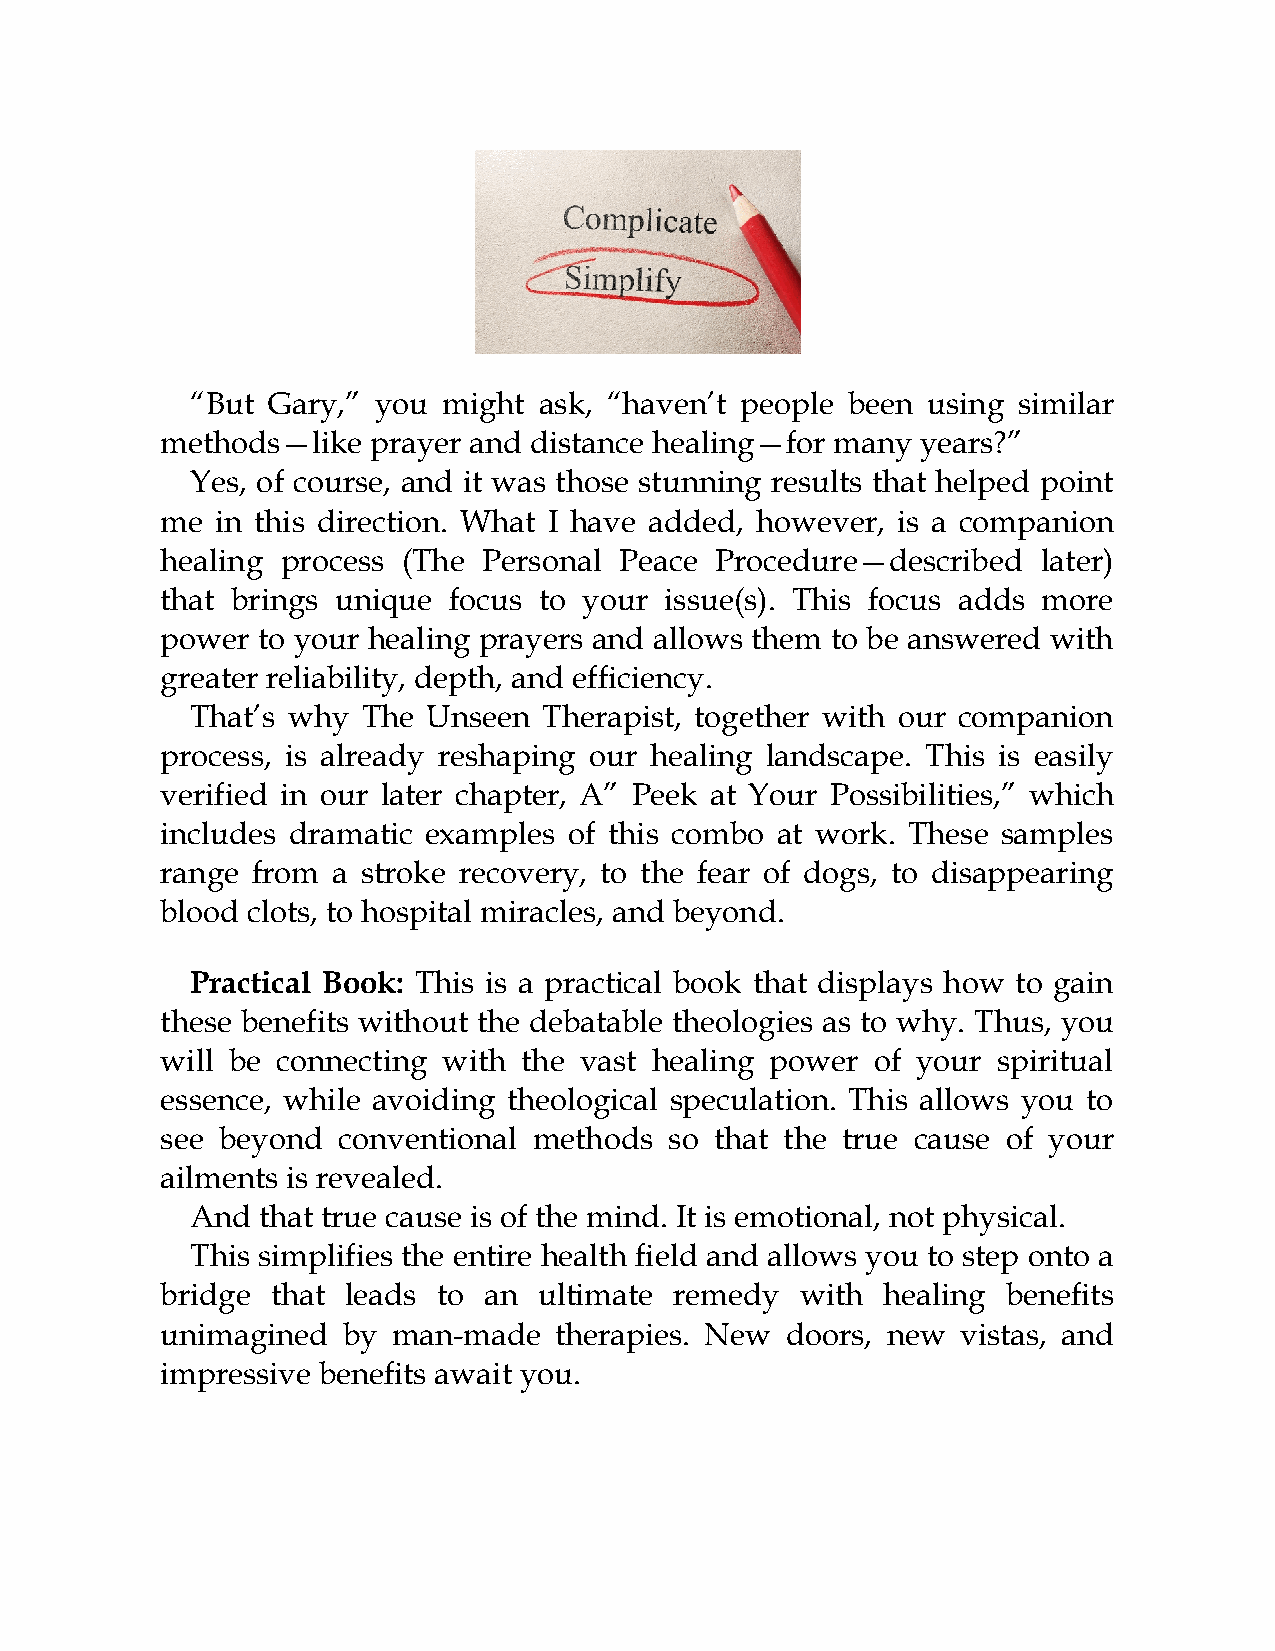
“But Gary,” you might  ask, “haven’t people been using similar
 methods—like  prayer and distance healing—for many years?”
 Yes, of course, and it was those stunning results that helped point
 me in this direction. What I have added, however, is a companion
 healing process (The Personal Peace Procedure—described   later)
 that brings unique focus to your issue(s). This focus adds more
 power to your healing prayers and allows them to be answered with
 greater reliability, depth, and efficiency.
 That’s why The Unseen  Therapist, together with our companion
 process, is already reshaping our healing landscape. This is easily
 verified in our later chapter, A” Peek at Your Possibilities,” which
 includes dramatic examples of this combo at work. These samples
 range from a stroke recovery, to the fear of dogs, to disappearing
 blood clots, to hospital miracles, and beyond.
 Practical Book: This is a practical book that displays how to gain
 these benefits without the debatable theologies as to why. Thus, you
 will be connecting with the vast healing power of your spiritual
 essence, while avoiding theological speculation. This allows you to
 see beyond conventional methods  so that the true cause of your
 ailments is revealed.
 And that true cause is of the mind. It is emotional, not physical.
 This simplifies the entire health field and allows you to step onto a
 bridge that leads to an  ultimate remedy  with healing  benefits
 unimagined  by man-made   therapies. New doors, new  vistas, and
 impressive benefits await you.